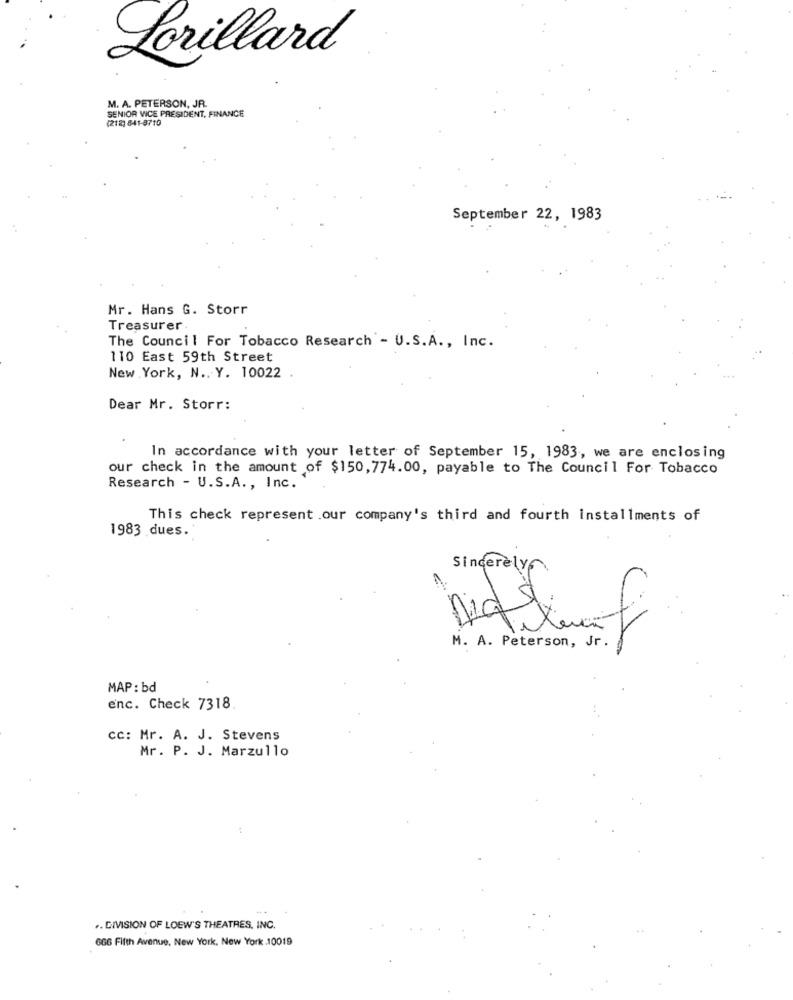
Lorillard
M. A. PETERSON, JR.
SENIOR WICE PRESIDENT, FINANCE
(212) 841-8710
September 22, 1983
Mr. Hans G. Storr
Treasurer .
The Council For Tobacco Research - U.S.A ., Inc.
110 East 59th Street
New York, N .. Y. 10022
Dear Mr. Storr:
In accordance with your letter of September 15, 1983, we are enclosing
our check in the amount of $150, 774.00, payable to The Council For Tobacco
Research - U.S.A ., Inc.'
This check represent .our company's third and fourth installments of
1983 dues.
Sincerely
×
M. A. Peterson, Jr.
MAP : bd
enc. Check 7318
cc: Mr. A. J. Stevens
Mr. P. J. Marzullo
.. DIVISION OF LOEW'S THEATRES, INC.
666 Fifth Avenue, New York, New York .10019